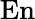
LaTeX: \mathrm{En}